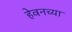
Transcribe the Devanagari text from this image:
हेवनच्या